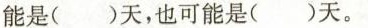
能是()天，也可能是()天。